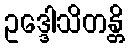
ဥဒ္ဒေါသိတန္တိ